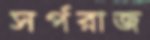
সর্পরাজ